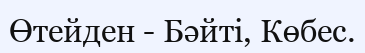
Өтейден - Бәйті, Көбес.